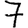
Digit: 7